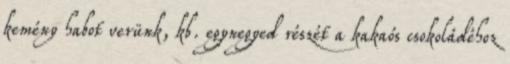
kemény habot verünk, kb. egynegyed részét a kakaós csokoládéhoz